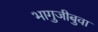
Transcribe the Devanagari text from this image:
भागुजीबुवा